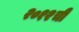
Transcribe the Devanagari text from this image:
२०१२ची